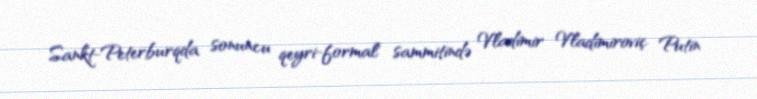
Sankt-Peterburqda sonuncu qeyri-formal sammitində Vladimir Vladimiroviç Putin